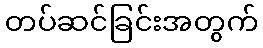
တပ်ဆင်ခြင်းအတွက်